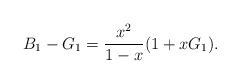
\begin{align*} B_1 - G_1 = \frac{x^2}{1-x}(1+xG_1).\end{align*}